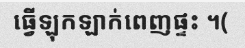
ធ្វើឡុកឡាក់ពេញផ្ទះ ។(